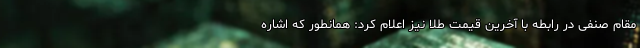
مقام صنفی در رابطه با آخرین قیمت‌ طلا نیز اعلام کرد: همانطور که اشاره